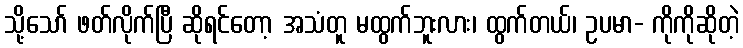
သို့သော် ဖတ်လိုက်ပြီ ဆိုရင်တော့ အသံတူ မထွက်ဘူးလား၊ ထွက်တယ်၊ ဥပမာ- ကိုကိုဆိုတဲ့